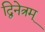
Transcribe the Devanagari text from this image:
द्विनेत्रम्